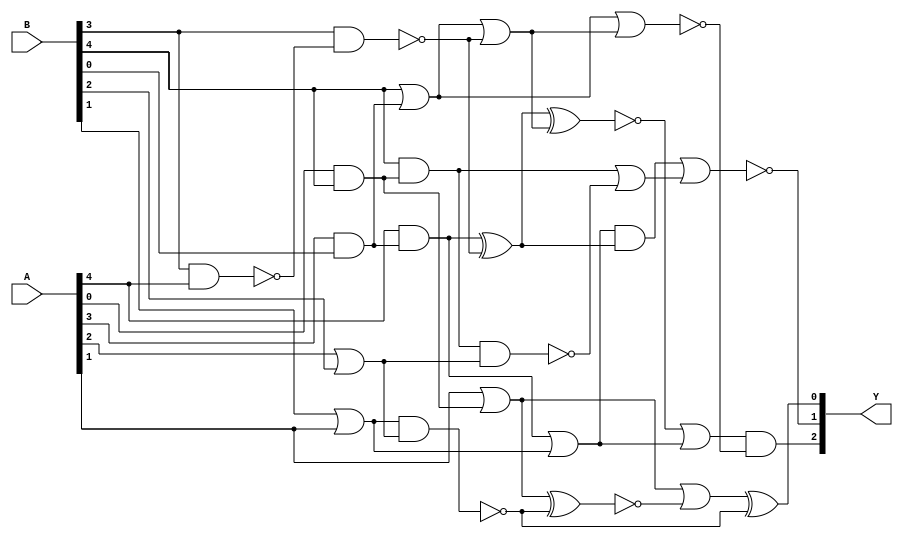
module test_6(Y,A,B);
	input [4:0] A;
	input [4:0] B;
	output [2:0] Y;
	wire [21:0] W;

	and and_1(W[1],A[0],B[4]);
	and and_2(W[2],A[3],B[0]);
	and and_3(W[7],B[4],W[1]);
	and and_4(W[8],A[4],W[2]);
	and and_5(W[14],W[3],W[4]);
	and and_6(Y[2],W[0],W[20]);
	nand nand_1(W[21],B[3],A[4]);
	nand nand_2(W[12],W[5],W[6]);
	nand nand_3(W[10],B[3],W[21]);
	nand nand_4(W[17],W[7],W[6]);
	nor nor_1(Y[1],W[14],W[15]);
	or or_1(W[6],A[2],B[2]);
	or or_2(W[5],B[1],A[1]);
	or or_3(W[11],A[1],W[1]);
	or or_4(W[9],B[4],W[2]);
	or or_5(W[3],W[8],W[5]);
	or or_6(W[13],W[9],W[10]);
	or or_7(W[19],W[11],W[16]);
	or or_8(W[15],W[7],W[17]);
	or or_9(W[0],W[18],W[3]);
	xnor xnor_1(W[16],W[11],W[12]);
	xnor xnor_2(W[18],W[4],W[13]);
	xor xor_1(W[4],W[8],W[10]);
	nor nor_2(W[20],W[9],W[13]);
	xor xor_2(Y[0],W[19],W[12]);

endmodule